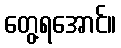
တွေ့ရအောင်။